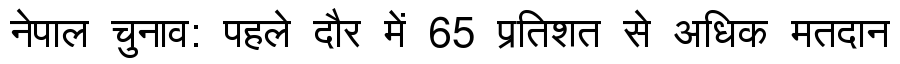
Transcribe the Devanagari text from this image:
नेपाल चुनाव: पहले दौर में 65 प्रतिशत से अधिक मतदान